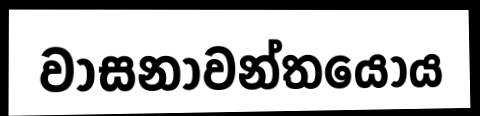
වාසනාවන්තයෝය